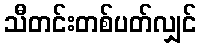
သီတင်းတစ်ပတ်လျှင်